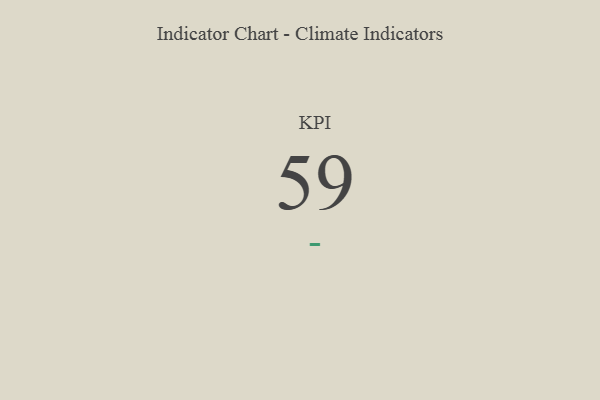
{"axis": {"x": "KPI", "y": "Value"}, "legend": [""], "data": [{"x": "KPI", "y": 59, "type": ""}]}